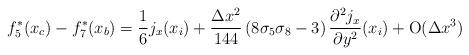
LaTeX: \begin{align*} f_{5}^*(x_c) - f_{7}^*(x_b) = \frac{1}{6} j_{x} (x_i) + \frac{ \Delta x^{2}}{144}\left(8\sigma_{5}\sigma_{8}-3\right)\frac{\partial^{2} j_{x}}{\partial y^{2}}(x_{i}) + {\rm{O}} (\Delta x^3) \, \end{align*}